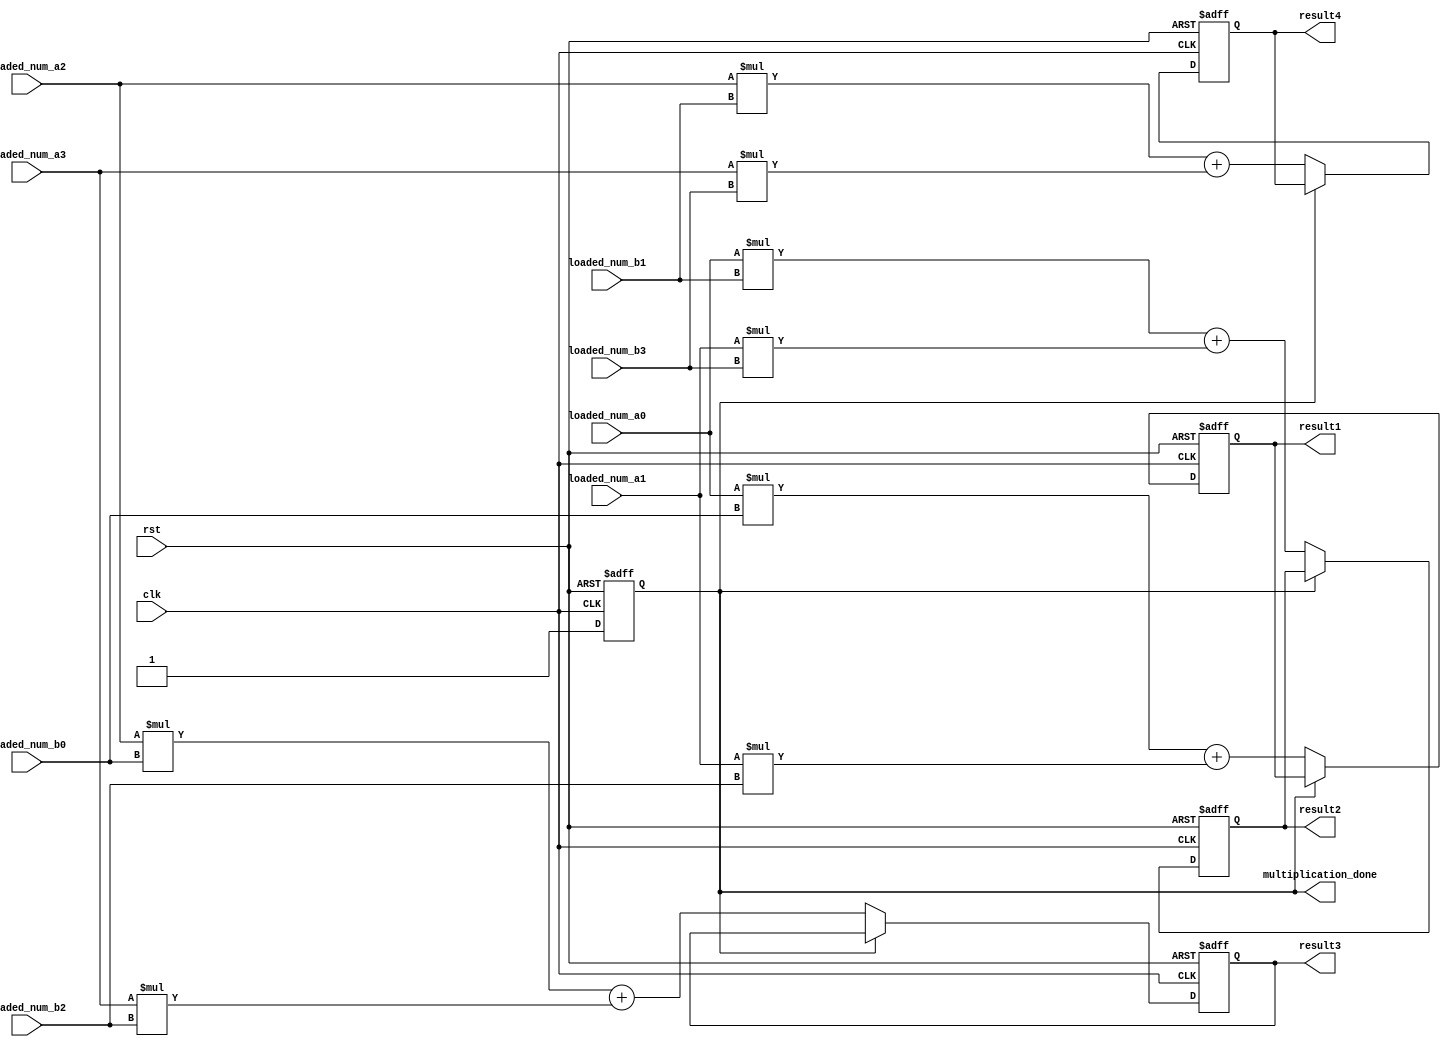
module MatrixMultiplier (
    input wire clk,        // Clock signal
    input wire rst,        // Reset signal
    input wire [7:0] loaded_num_a0, loaded_num_a1, loaded_num_a2, loaded_num_a3,  // Input matrix A
    input wire [7:0] loaded_num_b0, loaded_num_b1, loaded_num_b2, loaded_num_b3,  // Input matrix B
    output reg [15:0] result1, result2, result3, result4,       // Output matrix C
    output reg multiplication_done        // Multiplication done signal
);

// Declare reg outputs
reg [15:0] result1_reg, result2_reg, result3_reg, result4_reg; // internal to MatrixMultiplier

// Reset and initialization
always @(posedge clk or posedge rst) begin
    if (rst) begin
        result1_reg <= 0;
        result2_reg <= 0;
        result3_reg <= 0;
        result4_reg <= 0;
        multiplication_done <= 0;
    end else begin
        if (multiplication_done == 0) begin
            // Perform multiplication when multiplication_done is not asserted
            result1_reg <= loaded_num_a0 * loaded_num_b0 + loaded_num_a1 * loaded_num_b2;
            result2_reg <= loaded_num_a0 * loaded_num_b1 + loaded_num_a1 * loaded_num_b3;
            result3_reg <= loaded_num_a2 * loaded_num_b0 + loaded_num_a3 * loaded_num_b2;
            result4_reg <= loaded_num_a2 * loaded_num_b1 + loaded_num_a3 * loaded_num_b3;
            multiplication_done <= 1;
        end
    end
end

// assign reg outputs to output ports
always @* begin // sensitivity list that updates whenever resultX_reg values change... might not be good for computation 
    result1 = result1_reg; // assigns the output reg with the values on internal result_reg's 
    result2 = result2_reg;
    result3 = result3_reg;
    result4 = result4_reg;
end

endmodule